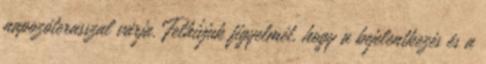
napozóterasszal várja. Felhívjuk figyelmét, hogy a bejelentkezés és a